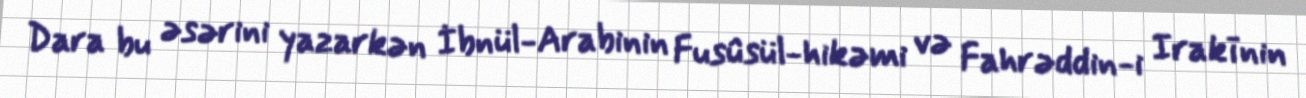
Dara bu əsərini yazarkən İbnül-Arabinin Fusûsül-hikəmi və Fahrəddin-i Irakīnin